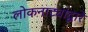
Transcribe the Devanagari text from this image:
लोकनाट्यांद्वारे